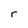
Character: r